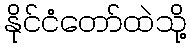
နိုင်ငံတော်ထဲသို့